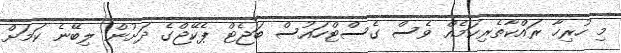
މި ހުރިހާ ރައްކާތެރިކަމެއް ވެސް ގެސްޓްހައުސް ބަޖެޓް ޕެކޭޖްގެ ދަށުން ލިބޭނެ ކަމަށް